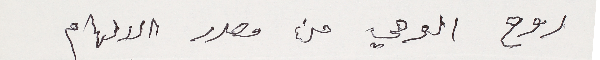
روح الوحي من مصدر الالهام